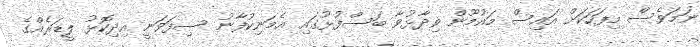
ނަމަވެސް މިފަހަކަށް އައިސް މައުމޫން ވިދާޅުވާ ބަސްފުޅުގައި އެމަނިކުފާނު ސިފަވަނީ އިދިކޮޅު ލީޑަރެއްގެ